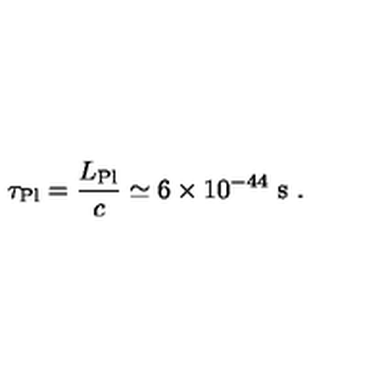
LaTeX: \tau _ { \mathrm { P l } } = \frac { L _ { \mathrm { P l } } } { c } \simeq 6 \times 1 0 ^ { - 4 4 } \ \mathrm { s } \ .